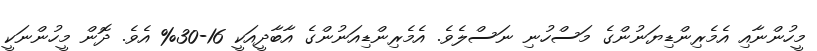
މީހުންނާއި އެމެރިންޑިޔަނުންގެ މަސްހުނި ނަސްލެވެ. އެމެރިންޑިއަނުންގެ އާބާދީއަކީ 16-30% އެވެ. ދޮން މީހުންނަކީ